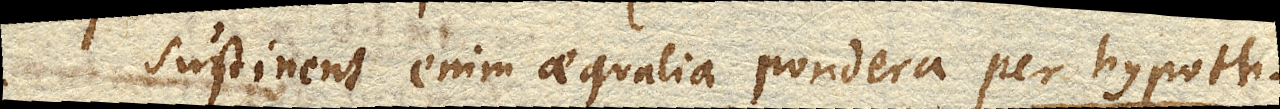
Sustinent enim aequalia pondera per hypoth.